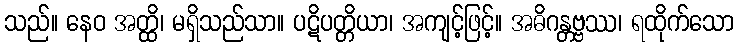
သည်။ နေဝ အတ္ထိ၊ မရှိသည်သာ။ ပဋိပတ္တိယာ၊ အကျင့်ဖြင့်။ အဓိဂန္တဗ္ဗဿ၊ ရထိုက်သော